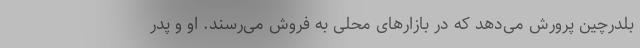
بلدرچین پرورش می‌دهد که در بازارهای محلی به فروش می‌رسند. او و پدر